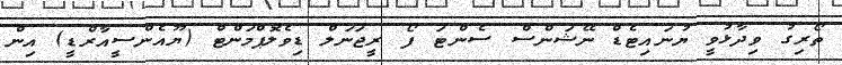
ތޯރިގު ވިދާޅުވީ ޔުނައިޓެޑް ނޭޝަންސް ސެންޓަ ފޯ ރީޖަނަލް ޑިވެލޮޕްމަންޓް (ޔޫއެންސީއާރްޑީ) އިން